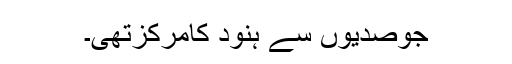
جوصدیوں سے ہنود کامرکزتھی۔